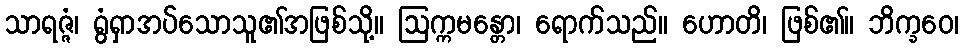
သာရဇ္ဇံ၊ ရွံရှာအပ်သောသူ၏အဖြစ်သို့။ ဩက္ကမန္တော၊ ရောက်သည်။ ဟောတိ၊ ဖြစ်၏။ ဘိက္ခဝေ၊